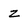
Character: z